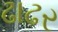
ઢાઢર